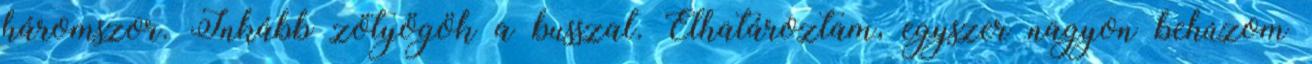
háromszor. Inkább zötyögök a busszal. Elhatároztam, egyszer nagyon behúzom